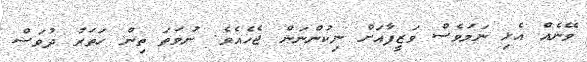
ވޭނެއް އެޅި ނަމަވެސް ވަޒީފާއަށް ނިކުންނަން ޖެހެއެވެ. ނުވަތަ ތިން ހަތަރު ދުވަސް